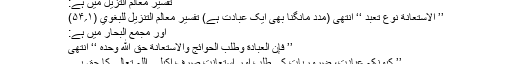
تفسیر معالم التزیل میں ہے:
’’ الاستعانة نوع تعبد ‘‘ انتھی (مدد مانگنا بھی ایک عبادت ہے) تفسیر معالم التنزیل للبغوي (۱؍۵۴)
اور مجمع البحار میں ہے:
’’ فإن العبادة وطلب الحوائج والاستعانة حق الله وحده ‘‘ انتھی
’’ کیونکہ عبادت، ضروریات کی طلب اور استعانت صرف اکیلے اللہ تعالیٰ کا حق ہے۔